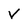
Character: V